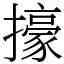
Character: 㩝